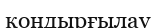
қондырғылау